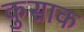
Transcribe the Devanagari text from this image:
कुसाक